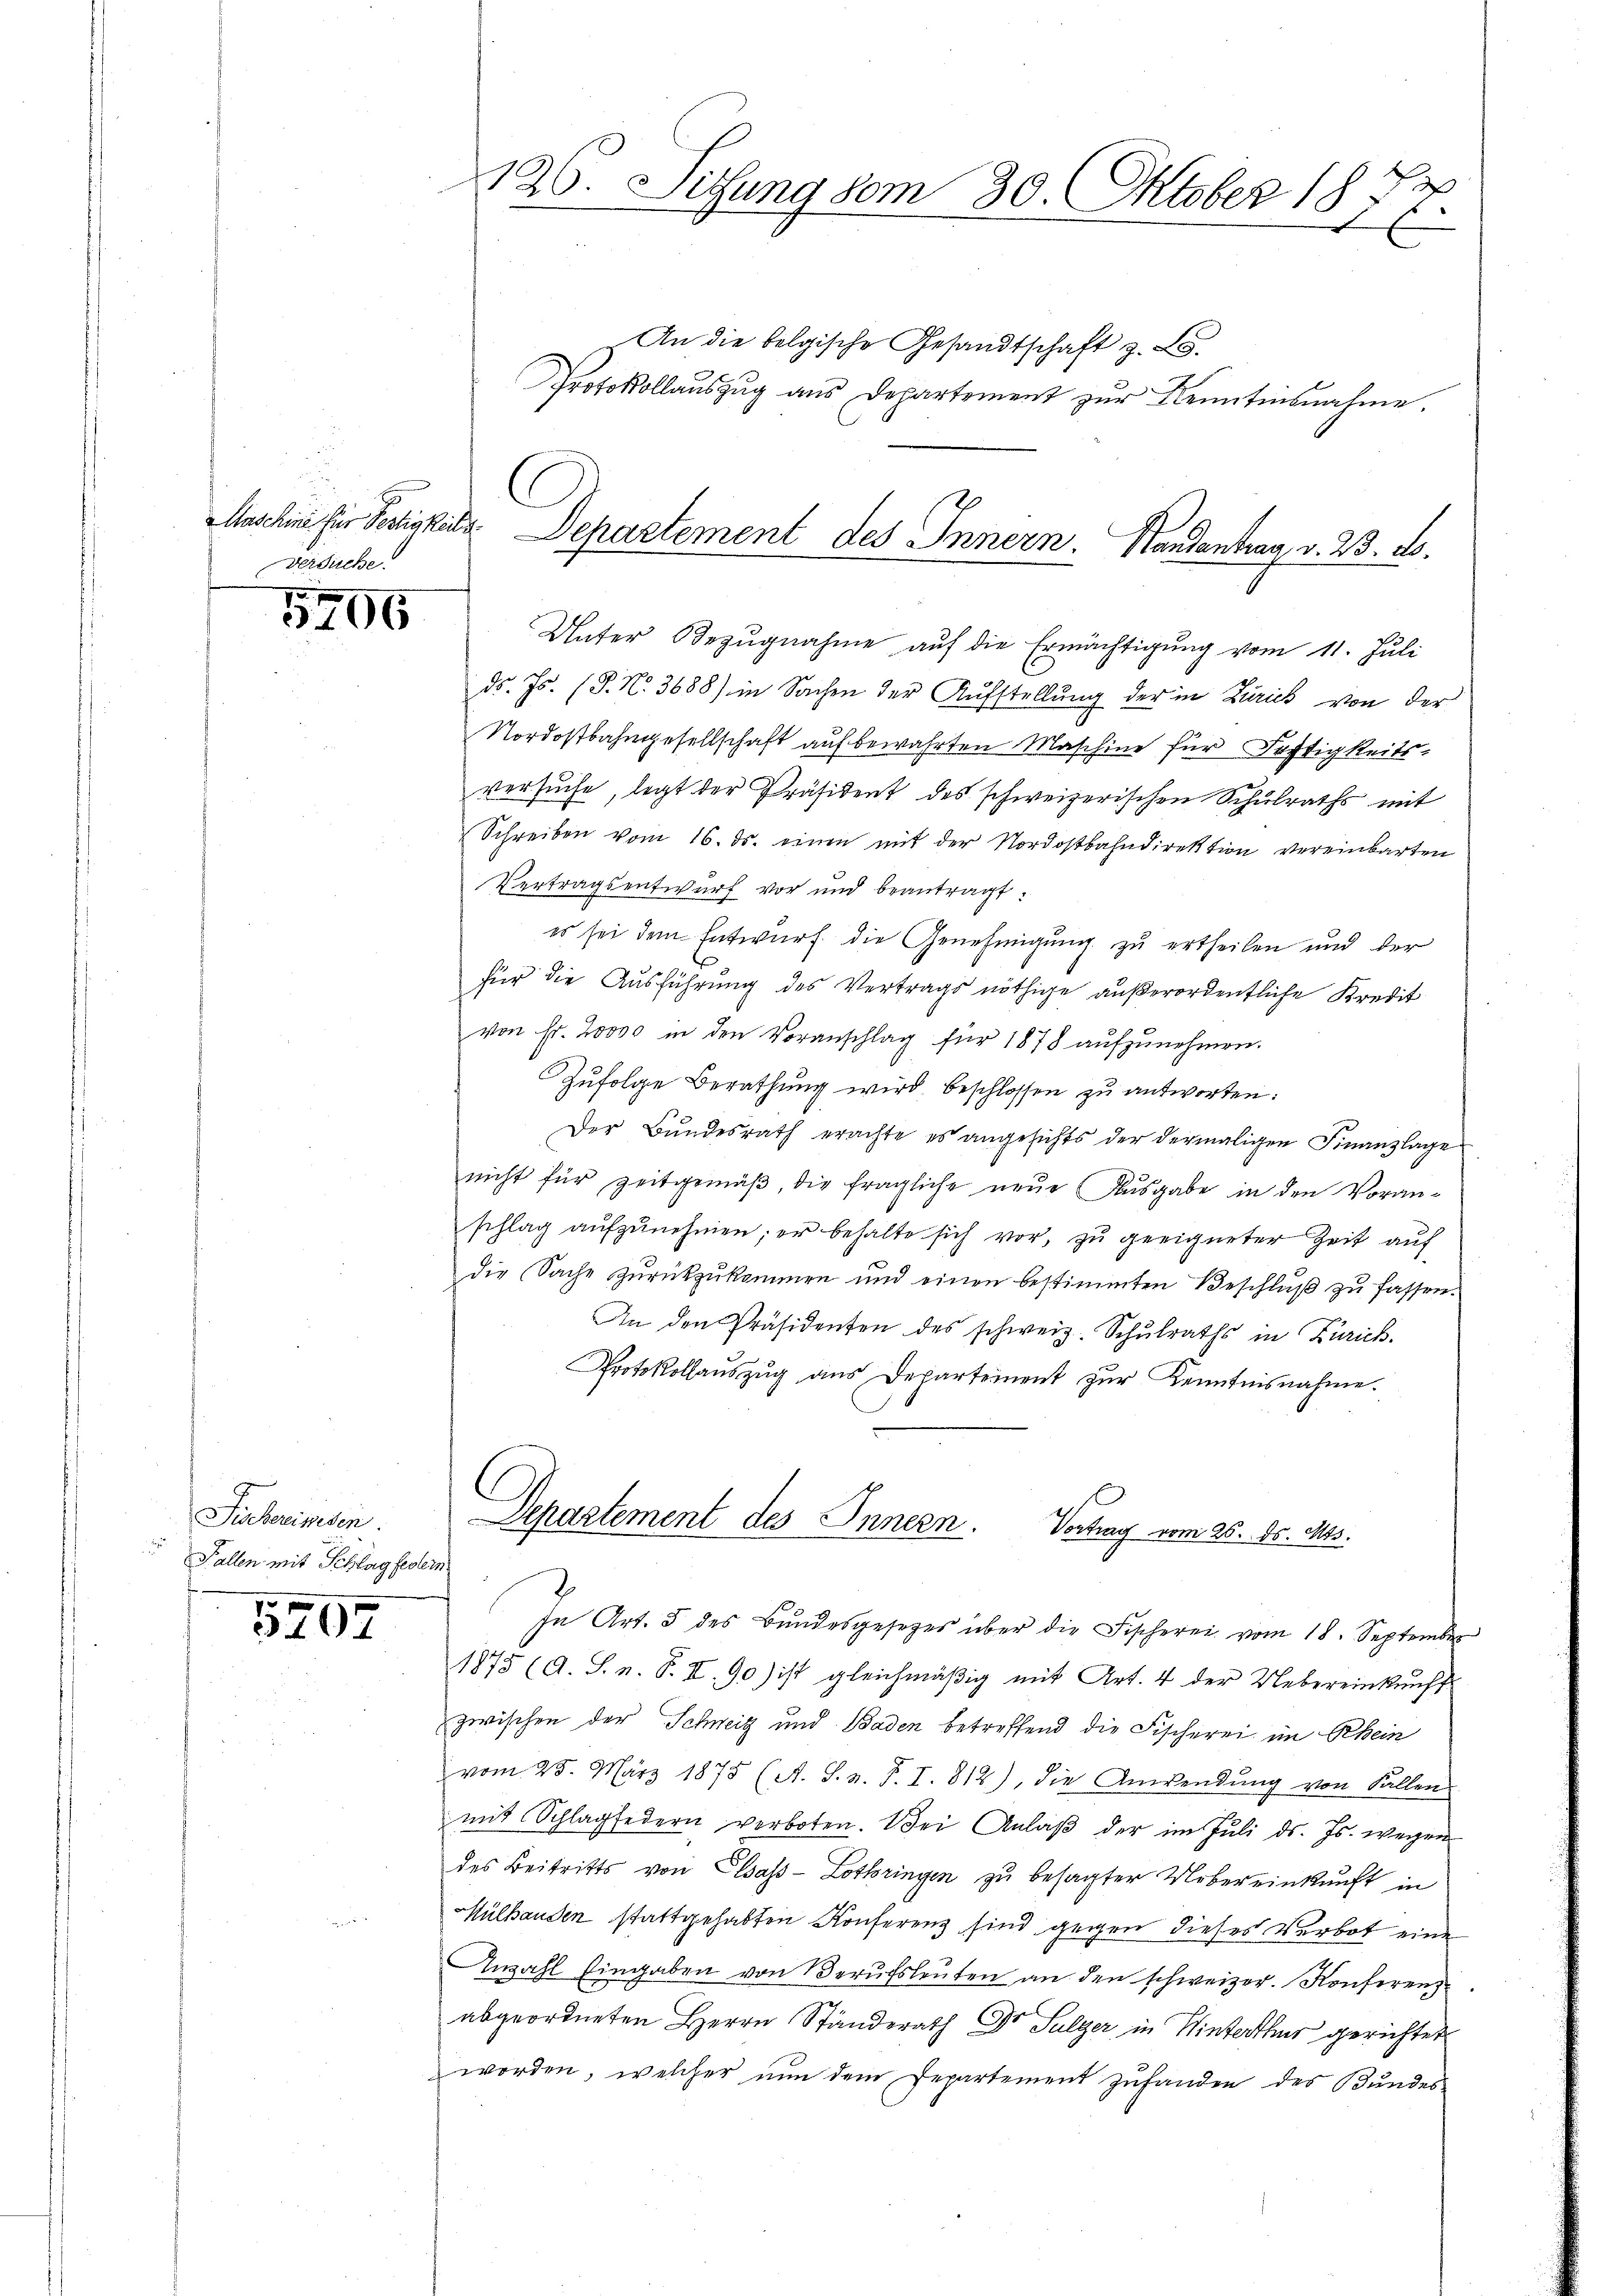
Versuche

5206

Sicherissen.
Fallen mit Schlagfedern

5407

126. Sitzung vom 30. Oktober 1874.
.

An die belgische Gesandtschaft z. B.
Protokollauszug aus Departement zur Kenntnisnahme.
Unter Bezŭgnahme auf die Ermächtigung vom 11. Juli
ds. Js. (T. N. 3688) in Sachen der Aufstellung der in Zürich von der
Nordostbahngesellschaft aufbewahrten Maschine für Fechtigkeitsversuche, legt der Präsident des schweizerischen Schulraths mit
Schreiben vom 16. ds. einen mit der Nordostbahndirektion vereinbarten
Vertragsentwurf vor und beantragt:
es sei dem Entwurf die Genehmigung zu ertheilen und der
für die Ausführung des Vertrags nöthige außerordentliche Kredit
von Fr. 20000 in den Voranschlag für 1878 aufzunehmen.
Zufolge Berathung wird beschlossen zu antworten:
Der Bŭndesrath erachte es angesichts der dermaligen Finanzlage
nicht für Zeitgemäβ, die fragliche neŭe Ausgabe in den Voran-
schlag aufzunehmen; er behalte sich vor, zu geeigneter Zeit auf
die Sache zŭrückzŭkommen und einen bestimmten Beschlŭβ zŭ fassen.
An den Präsidenten des schweiz. Schŭlraths in Zürich.
Protokollauszug aus Departement zur Kenntnisnahme.
Departement des Innern. Vortrag vom 26. 85. 13.
2
In Art. 5 des Bundesgesetzes über die Fischerei vom 18. September
1875 (A. S. n. F. II. 90) ist gleichmäßig mit Art. 4 der Uebereinkunft
zwischen der Schweiz und Baden betreffend die Fischerei im Rhein
vom 25. März 1875 (A. S. z. B. I. 812), die Anwendŭng von Fallen
mit Schlagfedern verboten. Bei Anlaβ der im Juli d. Js. wegen
des Beitritts von Elsass-Lothringen zu besagter Uebereinkunft in
Mülhanden stattgehabten Konferenz sind gegen dieses Verbot eine
Anzahl Eingaben von Berufsleŭten an den schweizer. Konferenz
abgeordneten Herrn Ständerath Dr Sulzer in Hinterthur gerichtet
worden, welcher nun dem Departement zufanden des Bundes-

C
Maschine für Sechigkeite. Departement des Innern. Handantrag v. 23. 20.